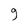
Character: 9